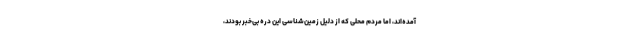
آمده‌اند، اما مردم محلی که از دلیل زمین‌شناسی این دره بی‌خبر بودند،